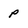
Character: P